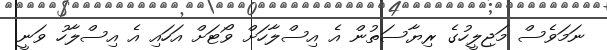
ނަމަވެސް މަޖިލީހުގެ ރިޔާސަތުން އެ އިސްލާހަށް ވޯޓަށް އަހައި އެ އިސްލާހު ވަނީ